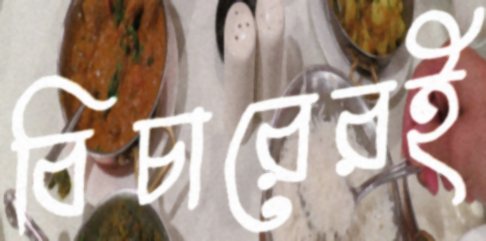
বিচারেরই